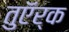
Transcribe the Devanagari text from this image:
तुऍर्क